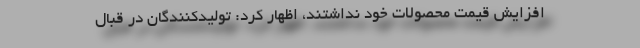
افزایش قیمت محصولات خود نداشتند، اظهار کرد: تولیدکنندگان در قبال